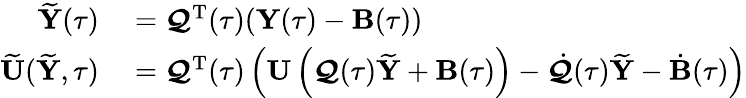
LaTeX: \begin{array}{rl}{\widetilde{{\mathbf Y}}(\tau)}&{{}=\boldsymbol{\mathcal Q}^{{\mathrm T}}(\tau)({\mathbf Y}(\tau)-{\mathbf B}(\tau))}\\ {\widetilde{{\mathbf U}}(\widetilde{{\mathbf Y}},\tau)}&{{}=\boldsymbol{\mathcal Q}^{{\mathrm T}}(\tau)\left({\mathbf U}\left(\boldsymbol{\mathcal Q}(\tau)\widetilde{{\mathbf Y}}+{\mathbf B}(\tau)\right)-\dot{\boldsymbol{\mathcal Q}}(\tau)\widetilde{{\mathbf Y}}-\dot{{\mathbf B}}(\tau)\right)}\end{array}